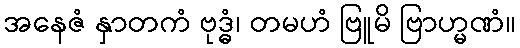
အနေဇံ နှာတကံ ဗုဒ္ဓံ၊ တမဟံ ဗြူမိ ဗြာဟ္မဏံ။